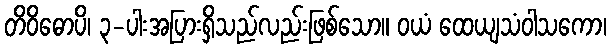
တိဝိဓောပိ၊ ၃-ပါးအပြားရှိသည်လည်းဖြစ်သော။ ဝယံ ထေယျသံဝါသကော၊